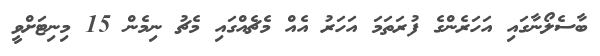
ބާސެލޯނާގައި އަހަރެންގެ ފުރަތަމަ އަހަރު އެއް މެޗެއްގައި މެޗު ނިމެން 15 މިނިޓަށްވީ